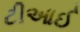
ટીઆઈ